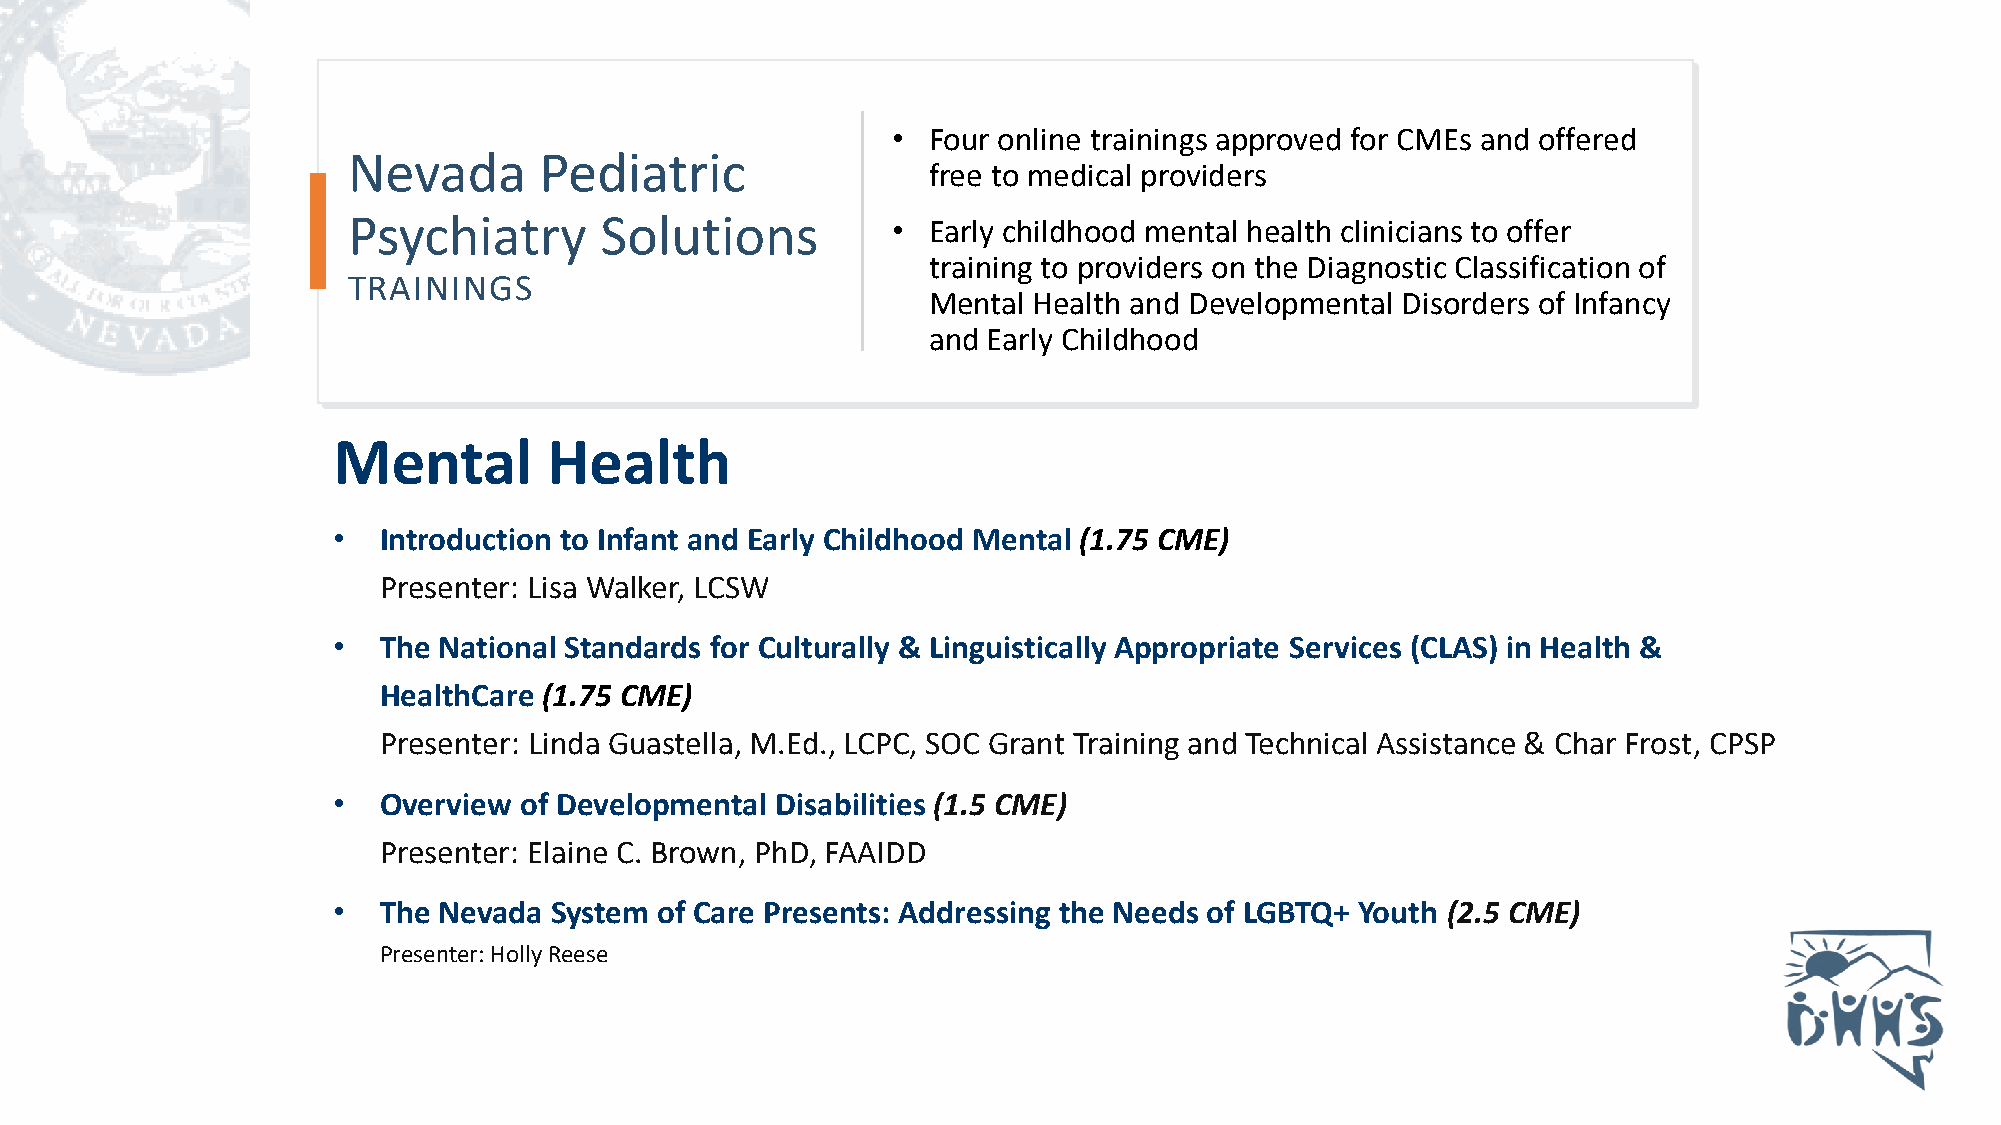
• Four online trainings approved for CMEs and offered
 Nevada       Pediatric
 Nevada       Pediatric
 free to medical providers
 Psychiatry
 Psychiatry       Solutions          • Early childhood mental health clinicians to offer
 training to providers on the Diagnostic Classification of
 TRASIoNlINuGtiSons
 Mental Health and Developmental Disorders of Infancy
 and Early Childhood
 Mental        Health
 •  Introduction to Infant and Early Childhood Mental (1.75 CME)
 Presenter: Lisa Walker, LCSW
 •  The National Standards for Culturally & Linguistically Appropriate Services (CLAS) in Health &
 HealthCare (1.75 CME)
 Presenter: Linda Guastella, M.Ed., LCPC, SOC Grant Training and Technical Assistance & Char Frost, CPSP
 •  Overview of Developmental Disabilities (1.5 CME)
 Presenter: Elaine C. Brown, PhD, FAAIDD
 •  The Nevada System  of Care Presents: Addressing the Needs of LGBTQ+ Youth (2.5 CME)
 Presenter: Holly Reese